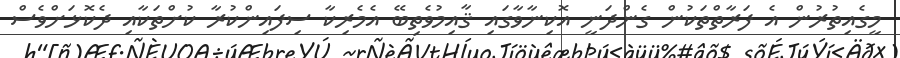
މީގެއިތުރުން އެ ފަރާތްތަކުން ގެންދަނީ އޮކިނާވާގައި ޤާއިމުވެތިބޭ އެމެރިކާ ސިފައިންކުރާ ކުށްތަކާއި ދެކޮޅަށްވެސް